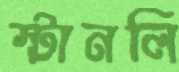
স্টানলি